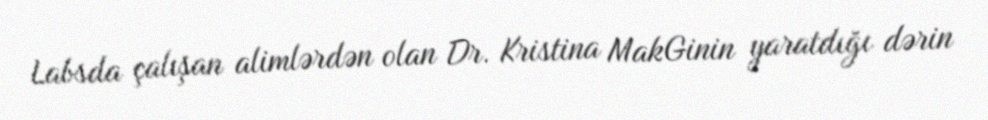
Labsda çalışan alimlərdən olan Dr. Kristina MakGinin yaratdığı dərin